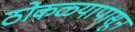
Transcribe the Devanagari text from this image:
ठोकळ्यापासून